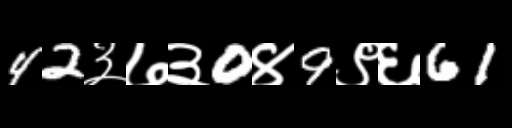
Text: 42३७३0४9९६61